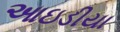
આઇડીયા